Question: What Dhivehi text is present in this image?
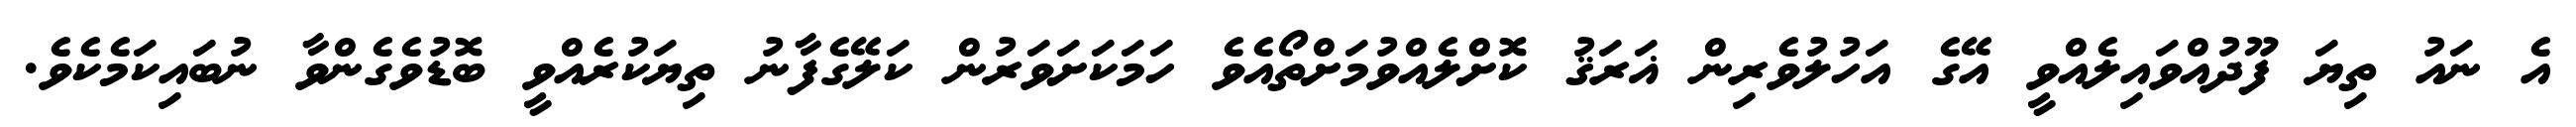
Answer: އެ ނައު ތިޔަ ފޫދުއްވައިލެއްވީ އޭގެ އަހުލުވެރިން ޣަރަޤު ކޮށްލެއްވުމަށްތޯއެވެ ހަމަކަށަވަރުން ކަލޭގެފާނު ތިޔަކުރެއްވީ ބޮޑުވެގެންވާ ނުބައިކަމެކެވެ.